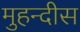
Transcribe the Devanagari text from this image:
मुहन्दीस